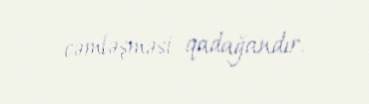
cəmləşməsi qadağandır.